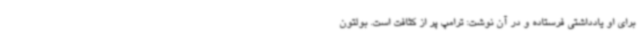
برای او یادداشتی فرستاده و در آن نوشت: ترامپ پر از کثافت است. بولتون